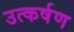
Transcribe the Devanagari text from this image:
उत्कर्षण